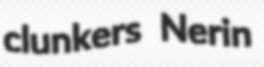
clunkers Nerin